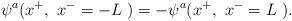
LaTeX: \begin{align*}\psi^a ( x^+,~x^- =-L~)= -\psi^a ( x^+,~x^- =L~). \end{align*}